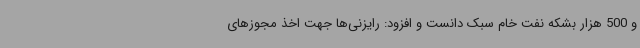
و 500 هزار بشکه نفت خام سبک دانست و افزود: رایزنی‌ها جهت اخذ مجوزهای